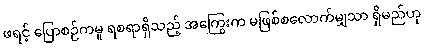
ဖရင့် ပြောစဉ်ကမူ ရစရာရှိသည့် အကြွေးက မဖြစ်စလောက်မျှသာ ရှိမည်ဟု